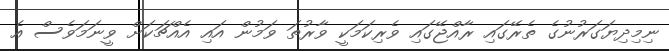
ނިމިދިޔަގަރުނުގެ ތެރޭގައި ރާއްޖޭގައި ވެރިކަމަކީ ވާރުތަ ވަމުން އައި އެއްޗަކަށް ވީނަމަވެސް އެ